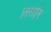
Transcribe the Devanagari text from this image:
।तराईन